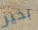
بخير